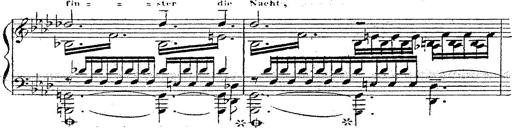
Title: 12 Lieder von Franz Schubert
Composer: Franz Liszt